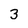
Character: 3